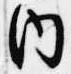
内